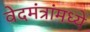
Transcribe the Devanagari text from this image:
वेदमंत्रांमध्ये